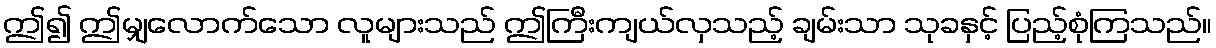
ဤ၍ ဤမျှလောက်သော လူများသည် ဤကြီးကျယ်လှသည့် ချမ်းသာ သုခနှင့် ပြည့်စုံကြသည်။